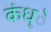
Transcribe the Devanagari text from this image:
कंध्े